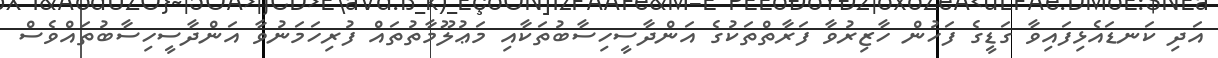
އަދި ކަނޑައެޅިފައިވާ ގަޑީގެ ފަހުން ހާޒިރުވާ ފަރާތްތަކުގެ އަންދާސީހިސާބުތަކާއި މަޢުލޫމާތުތައް ފުރިހަމަނުވާ އަންދާސީހިސާބުތައްވެސް